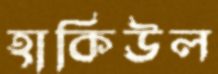
হাকিউল